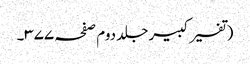
(تفسیر کبیر جلد دوم صفحہ ۳۷۷۔